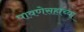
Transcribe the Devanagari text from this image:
पावणेसहाच्या